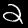
Digit: 2